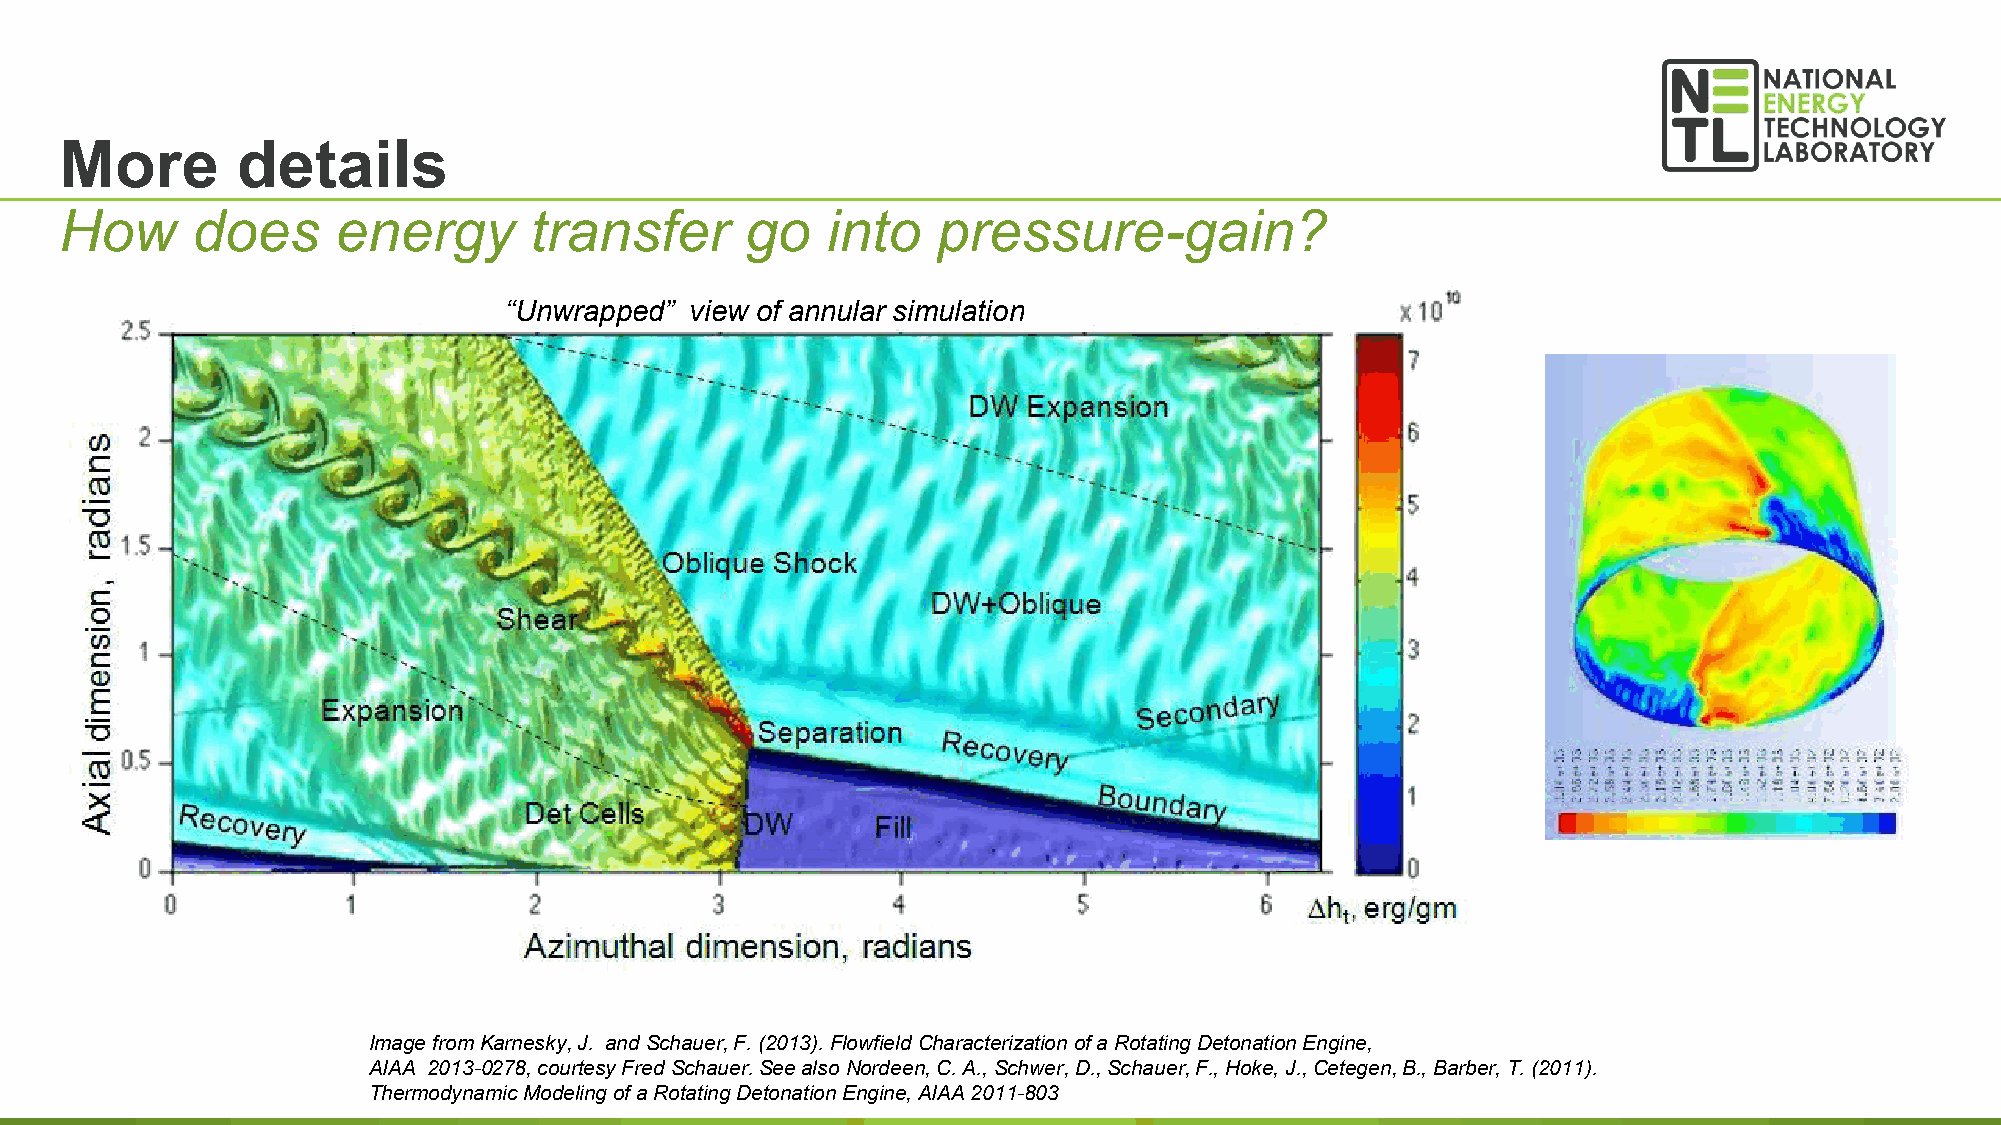
More        details
 How      does     energy       transfer      go    into   pressure-gain?
 “Unwrapped”  view of annular simulation
 Image from Karnesky, J. and Schauer, F. (2013). Flowfield Characterization of a Rotating Detonation Engine,
 AIAA 2013-0278, courtesy Fred Schauer. See also Nordeen, C. A., Schwer, D., Schauer, F., Hoke, J., Cetegen, B., Barber, T. (2011). 35
 Thermodynamic Modeling of a Rotating Detonation Engine, AIAA 2011-803